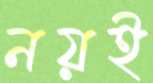
নয়ই